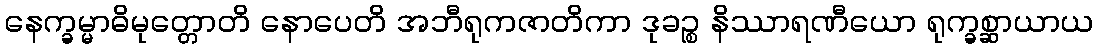
နေက္ခမ္မာဓိမုတ္တောတိ နောပေတိ အဘီရုကဇာတိကာ ဒုခဉ္စ နိဿာရဏီယော ရုက္ခစ္ဆာယာယ